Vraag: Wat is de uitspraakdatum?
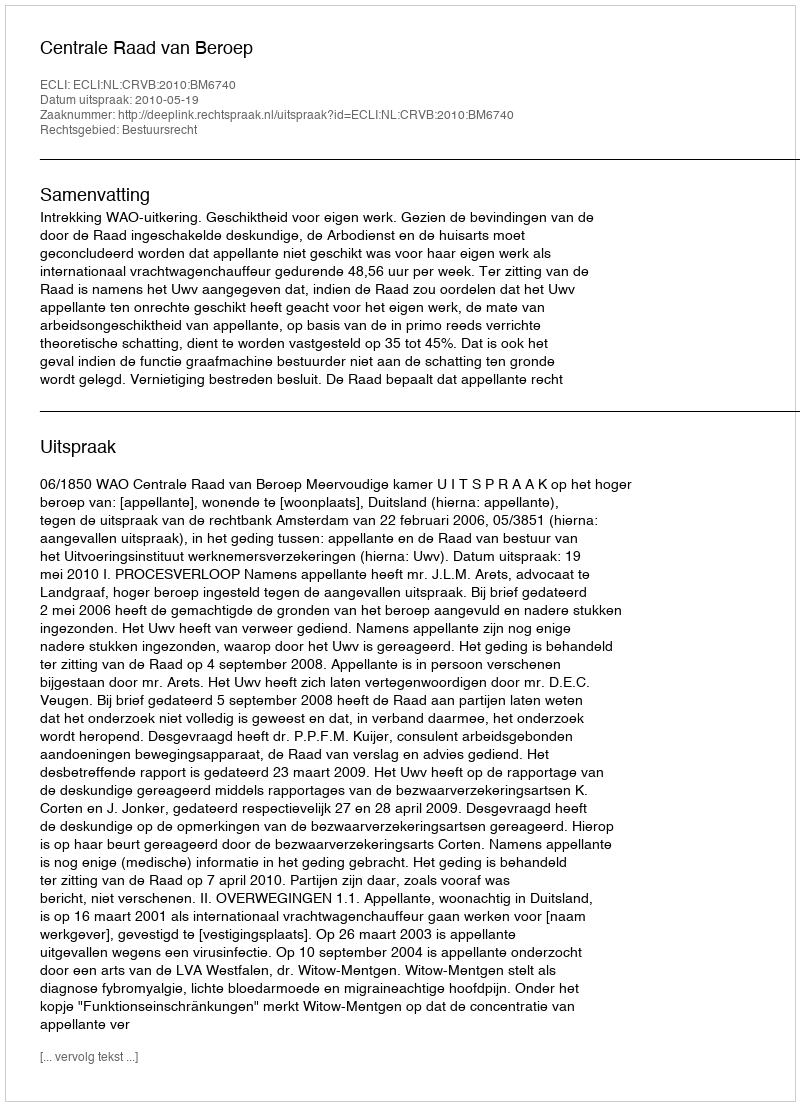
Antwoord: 2010-05-19